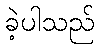
ခဲ့ပါသည်